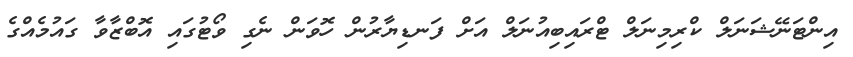
އިންޓަނޭޝަނަލް ކްރިމިނަލް ޓްރައިބިއުނަލް އަށް ފަނޑިޔާރުން ހޮވަން ނެގި ވޯޓުގައި އޮބްޒާވާ ގައުމެއްގެ